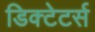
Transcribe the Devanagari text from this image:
डिक्टेटर्स